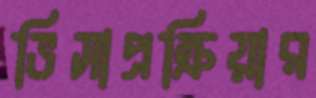
ভিসাপ্রক্রিয়ার